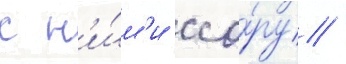
с н'и́м'и ссо́ру /